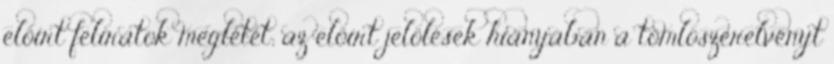
elõírt feliratok meglétét; az elõírt jelölések hiányában a tömlõszerelvényt